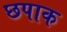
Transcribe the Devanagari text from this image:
छपाक